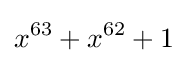
x^{63}+x^{62}+1